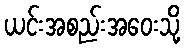
ယင်းအစည်းအဝေးသို့